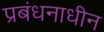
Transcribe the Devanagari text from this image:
प्रबंधनाधीन